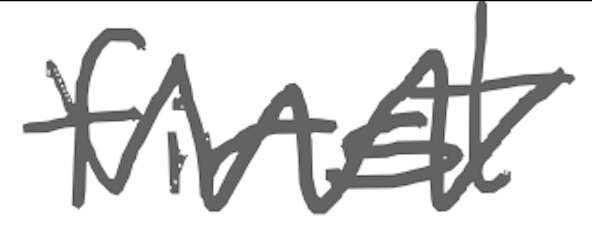
Text: first
Cross-out: zig-zag
Writing tool: digital_gray